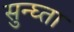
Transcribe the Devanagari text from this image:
सुन्घ्ता